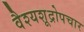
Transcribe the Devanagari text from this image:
वैश्यशूद्रोपचार